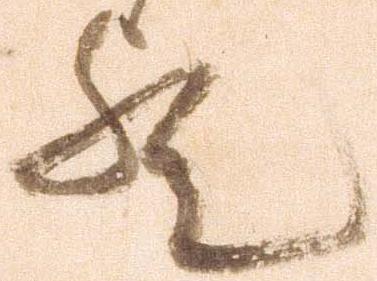
歟